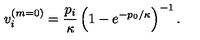
v _ { i } ^ { ( m = 0 ) } = \frac { p _ { i } } \kappa \left( 1 - e ^ { - { p _ { 0 } } / \kappa } \right) ^ { - 1 } .